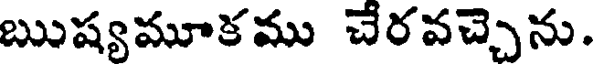
ఋష్యమూకము చేరవచ్చెను.